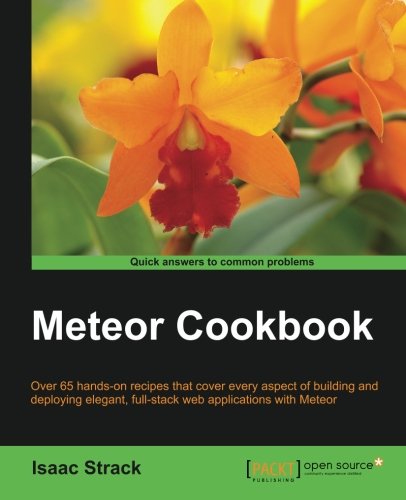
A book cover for Meteor Web Application Development Cookbook; Isaac Strack; Computers & Technology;